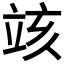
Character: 𥩲